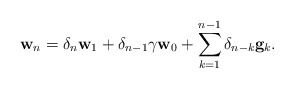
\begin{align*}\mathbf{w}_{n}=\delta_{n}\mathbf{w}_1+\delta_{n-1}\gamma\mathbf{w}_0+\sum_{k=1}^{n-1}\delta_{n-k}\mathbf{g}_{k}.\end{align*}